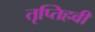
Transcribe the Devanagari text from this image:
तृप्तिहवी